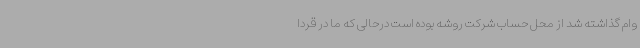
وام گذاشته شد از محل حساب شرکت روشه بوده است درحالی که ما در قردا